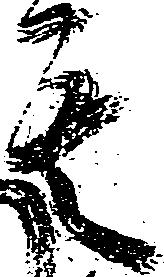
其